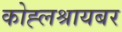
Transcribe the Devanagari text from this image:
कोह्लश्रायबर